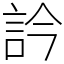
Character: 訡